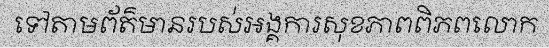
ទៅតាមព័ត៌មានរបស់អង្គការសុខភាពពិភពលោក